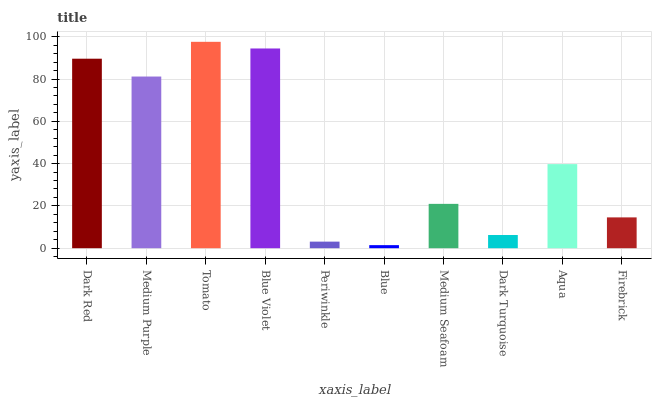
| xaxis_label | bars |
 | --- | --- |
 | Dark Red | 89.6 |
 | Medium Purple | 81.2 |
 | Tomato | 97.6 |
 | Blue Violet | 94.4 |
 | Periwinkle | 3.11 |
 | Blue | 1.45 |
 | Medium Seafoam | 21 |
 | Dark Turquoise | 6.24 |
 | Aqua | 39.8 |
 | Firebrick | 14.6 |